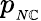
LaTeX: p_{_{N\mathbb{C}}}